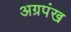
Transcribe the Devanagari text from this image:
अग्रपंख